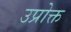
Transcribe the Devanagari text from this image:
उप्रोक्त